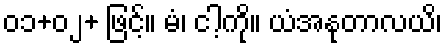
၀၁+၀၂+ ဖြင့်။ မံ၊ ငါ့ကို။ ယံအနုတာလယိ၊